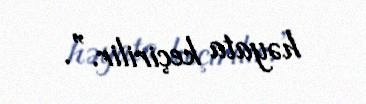
həyata keçirilir.”.